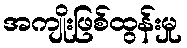
အကျိုးဖြစ်ထွန်းမှု